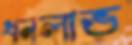
ধনলাভ